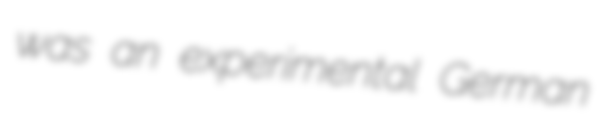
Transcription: was an experimental German